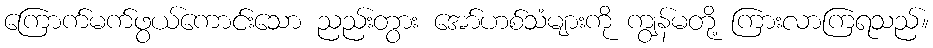
ကြောက်မက်ဖွယ်ကောင်းသော ညည်းတွား အော်ဟစ်သံများကို ကျွန်မတို့ ကြားလာကြရသည်။